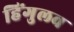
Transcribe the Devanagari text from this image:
हिंगुलव